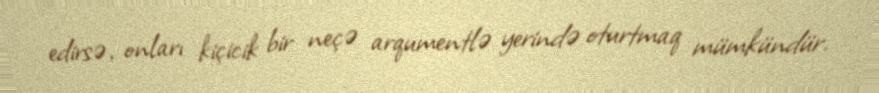
edirsə, onları kiçicik bir neçə arqumentlə yerində oturtmaq mümkündür.